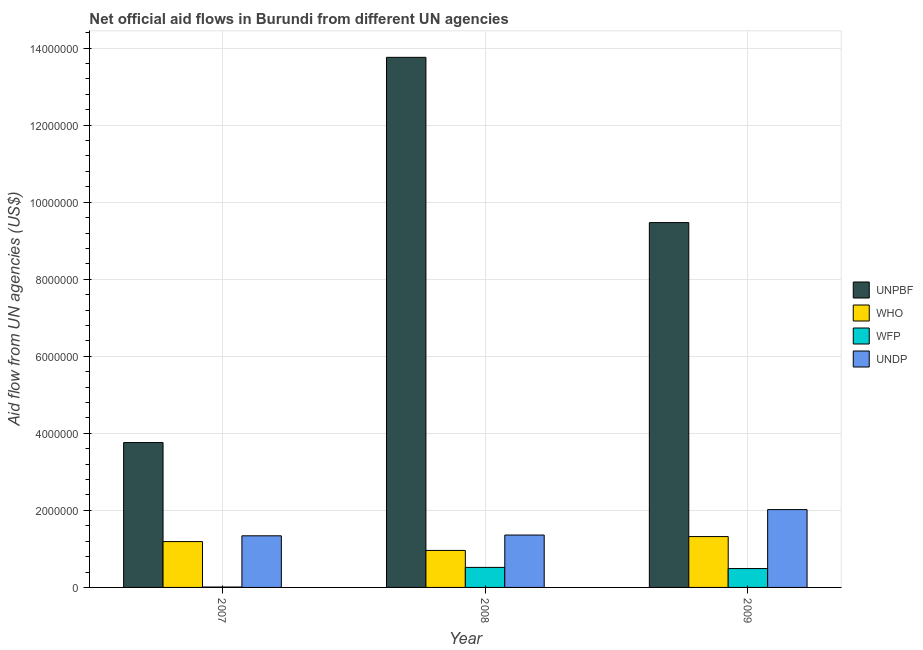
| Year | UNPBF | WHO | WFP | UNDP |
 | --- | --- | --- | --- | --- |
 | 2007 | 3.76e+06 | 1.19e+06 | 1e+04 | 1.34e+06 |
 | 2008 | 1.38e+07 | 9.6e+05 | 5.2e+05 | 1.36e+06 |
 | 2009 | 9.47e+06 | 1.32e+06 | 4.9e+05 | 2.02e+06 |